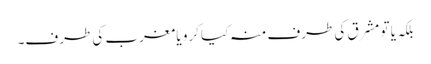
بلکہ یا تو مشرق کی طرف منہ کیا کرو یا مغرب کی طرف۔